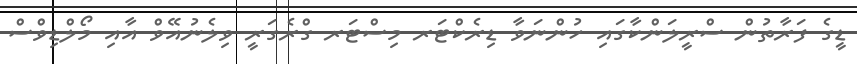
ޑީގެ ފަރާތުން ސްރީލަންކާގައި ހުންނަވާ ޑިރެކްޓަރ މިސްޓަރ ގްރެގަރީ ވިލެނުއޭވް އާއި މޯލްޑިވްސް